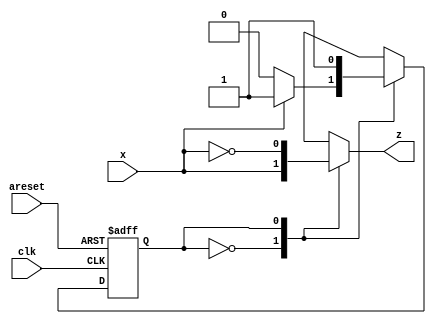
module top_module (
    input clk,
    input areset,
    input x,
    output z
); 
    parameter A=1'b0,B=1'b1;
    reg state,next_state;
    
    always @(*) begin
        case(state)
            A: next_state=x?B:A;
            B: next_state=B;
            default: next_state=A;
        endcase
    end
    always @(*)begin
        case(state)
            A: z=x;
            B: z=~x;
            default:
                z=x;
        endcase
    end
    
    always @(posedge clk or posedge areset) begin
        if(areset)   state<=A;
        else         state<=next_state;
    end

endmodule